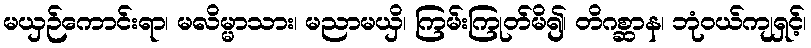
မယှဉ်ကောင်းရာ၊ မလိမ္မာသား၊ မညာမယှိ၊ ကြမ်းကြုတ်မိ၍၊ တိဂစ္ဆာန၊ ဘုံဝယ်ကျရှင့်၊